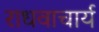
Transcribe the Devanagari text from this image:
राधवाचार्य